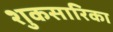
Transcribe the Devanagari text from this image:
शुकसारिका